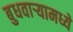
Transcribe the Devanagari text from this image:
बुधवार्‍यामध्ये